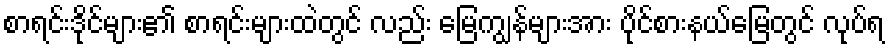
စာရင်းဒိုင်များ၏ စာရင်းများထဲတွင် လည်း မြေကျွန်များအား ပိုင်စားနယ်မြေတွင် လုပ်ရ